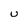
Character: u